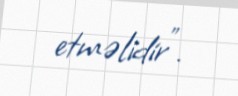
etməlidir”.